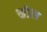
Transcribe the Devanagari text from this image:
च्होल